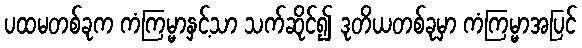
ပထမတစ်ခုက ကံကြမ္မာနှင့်သာ သက်ဆိုင်၍ ဒုတိယတစ်ခုမှာ ကံကြမ္မာအပြင်